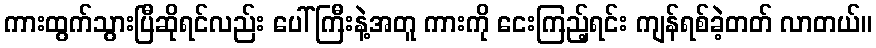
ကားထွက်သွားပြီဆိုရင်လည်း ပေါ်ကြီးနဲ့အတူ ကားကို ငေးကြည့်ရင်း ကျန်ရစ်ခဲ့တတ် လာတယ်။